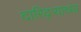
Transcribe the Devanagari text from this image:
दारिद्ऱ्याच्या